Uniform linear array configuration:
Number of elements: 12
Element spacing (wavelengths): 0.25
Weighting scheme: exponential
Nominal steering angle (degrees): -15
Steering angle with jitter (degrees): -15.733
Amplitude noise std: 0.05
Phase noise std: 0.05

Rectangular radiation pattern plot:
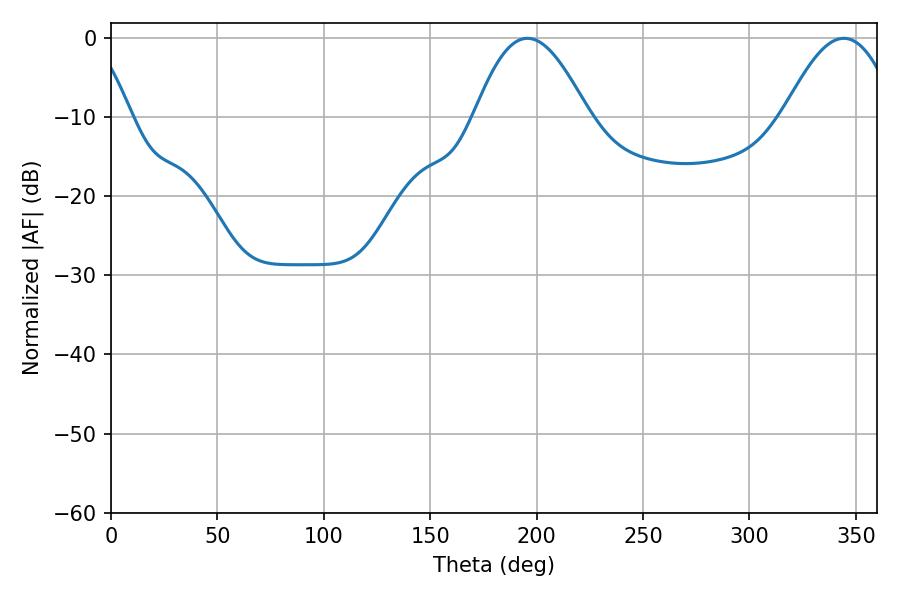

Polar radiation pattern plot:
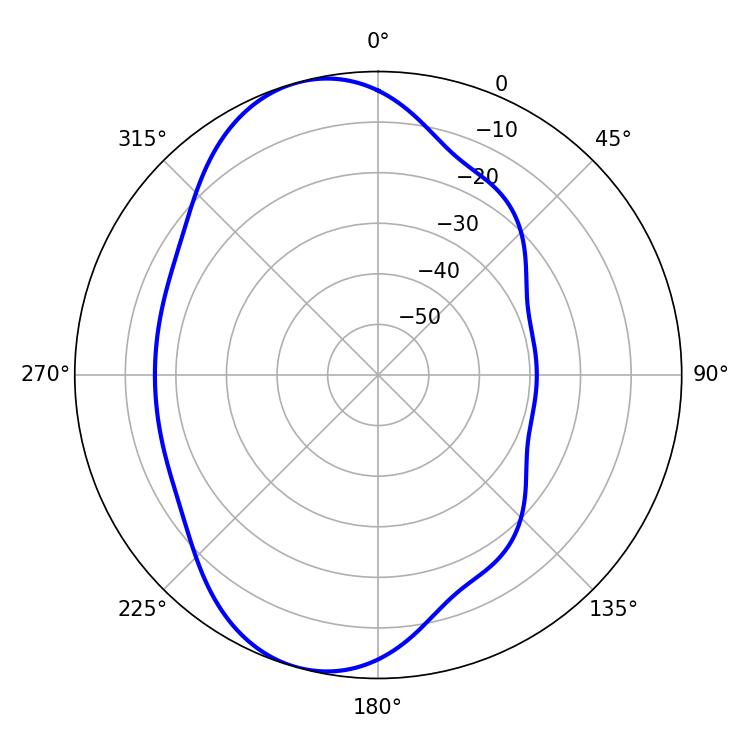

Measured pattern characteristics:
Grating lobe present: FALSE
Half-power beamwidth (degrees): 28.98
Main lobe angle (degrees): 195.66